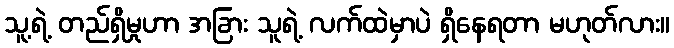
သူ့ရဲ့ တည်ရှိမှုဟာ အခြား သူရဲ့ လက်ထဲမှာပဲ ရှိနေရတာ မဟုတ်လား။